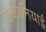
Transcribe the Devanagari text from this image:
बेकोनियाई